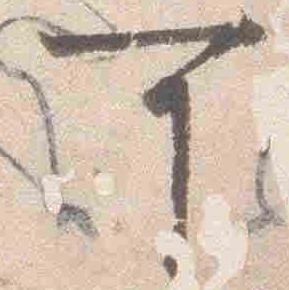
可